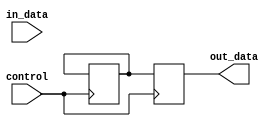
module IO_Buffer 
(
    input wire in_data,
    input wire control,
    output reg out_data
);

reg buffer;

always @ (posedge control)
begin
    if (control == 1'b0)
        buffer <= in_data; // Buffer in data
    else
        out_data <= buffer; // Buffer out data
end

endmodule